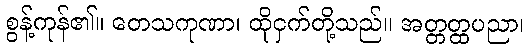
စွန့်ကုန်၏။ တေသကုဏာ၊ ထိုငှက်တို့သည်။ အတ္တတ္ထပညာ၊